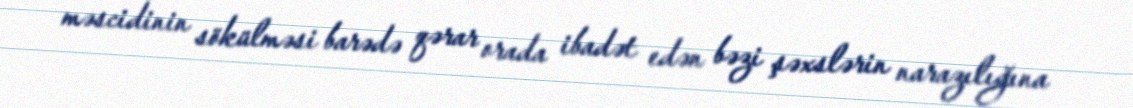
məscidinin sökülməsi barədə qərar orada ibadət edən bəzi şəxslərin narazılığına